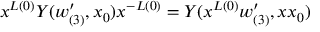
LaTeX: x ^ { L ( 0 ) } { \cal Y } ( w _ { ( 3 ) } ^ { \prime } , x _ { 0 } ) x ^ { - L ( 0 ) } = { \cal Y } ( x ^ { L ( 0 ) } w _ { ( 3 ) } ^ { \prime } , x x _ { 0 } )